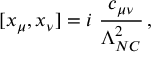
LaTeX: [ x _ { \mu } , x _ { \nu } ] = i ~ \frac { c _ { \mu \nu } } { \Lambda _ { N C } ^ { 2 } } \, ,